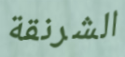
الشرنقة